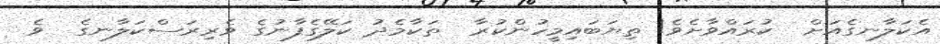
އެކަލާނގެއަށް  ކުރައްވާށެވެ! ތިޔަބައިމީހުންކުރާ  ތަކާމެދު ކަލޭގެފާނުގެ ވެރިރަސްކަލާނގެ  ވެ